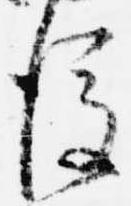
後